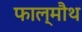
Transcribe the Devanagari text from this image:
फाल्मौथ